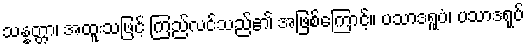
သန္နတ္တာ၊ အထူးသဖြင့် ကြည်လင်သည်၏ အဖြစ်ကြောင့်။ ပသာဒရူပံ၊ ပသာဒရုပ်